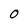
Character: 0